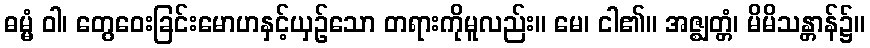
ဓမ္မံ ဝါ၊ တွေဝေးခြင်းမောဟနှင့်ယှဉ်သော တရားကိုမူလည်း။ မေ၊ ငါ၏။ အဇ္ဈတ္တံ၊ မိမိသန္တာန်၌။